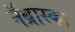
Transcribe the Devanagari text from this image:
नॅब्रास्का